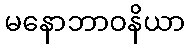
မနောဘာဝနိယာ